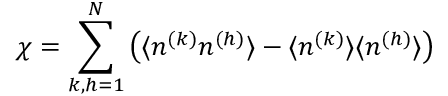
\chi = \sum _ { k , h = 1 } ^ { N } \left( \langle n ^ { ( k ) } n ^ { ( h ) } \rangle - \langle n ^ { ( k ) } \rangle \langle n ^ { ( h ) } \rangle \right)